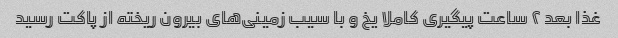
غذا بعد ۲ ساعت پیگیری کاملا یخ و با سیب زمینی‌های بیرون ریخته از پاکت رسید